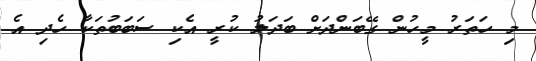
މި ހަތަރު މީހުން ގޭބަންދަށް ބަދަލު ކުރީ އެކި ސަބަބުތަކާ ހެދި އެ